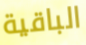
الباقية